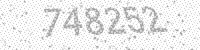
Solution: 748252